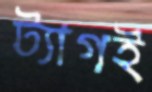
ট্যাগই